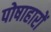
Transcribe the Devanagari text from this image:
पोषाहारों